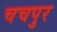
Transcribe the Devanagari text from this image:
चचपुर